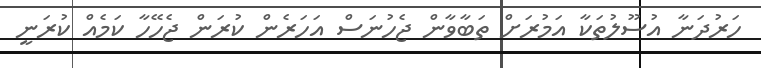
ހަރުދަނާ އުސޫލުތަކާ އަމުރަށް ތަބާވާން ޖެހުނަސް އަހަރެން ކުރަން ޖެހޭހާ ކަމެއް ކުރަނީ